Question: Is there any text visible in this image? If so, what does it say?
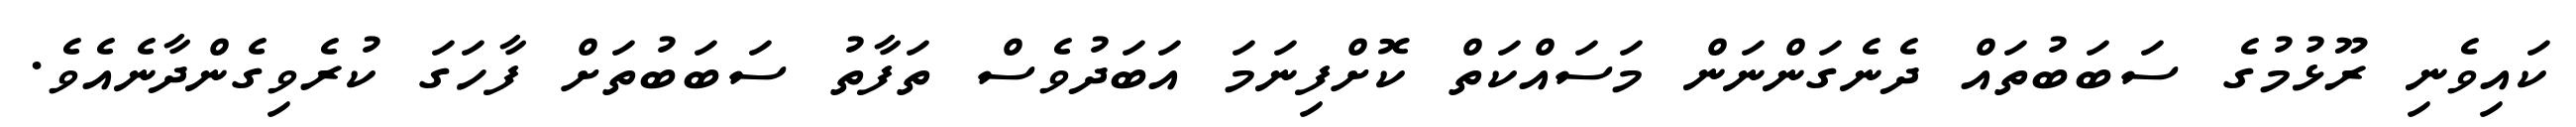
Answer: ކައިވެނި ރޫޅުމުގެ ސަބަބުތައް ދެނެގަންނަން މަސައްކަތް ކޮށްފިނަމަ އަބަދުވެސް ތަފާތު ސަބަބުތަށް ފާހަގަ ކުރެވިގެންދާނެއެވެ.